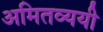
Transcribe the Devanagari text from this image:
अमितव्ययी